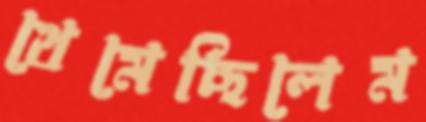
থেমেছিলেম